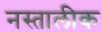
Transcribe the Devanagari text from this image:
नस्तालीक